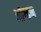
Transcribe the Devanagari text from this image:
ओग्डन